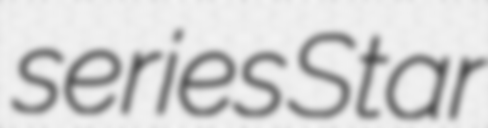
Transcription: series Star